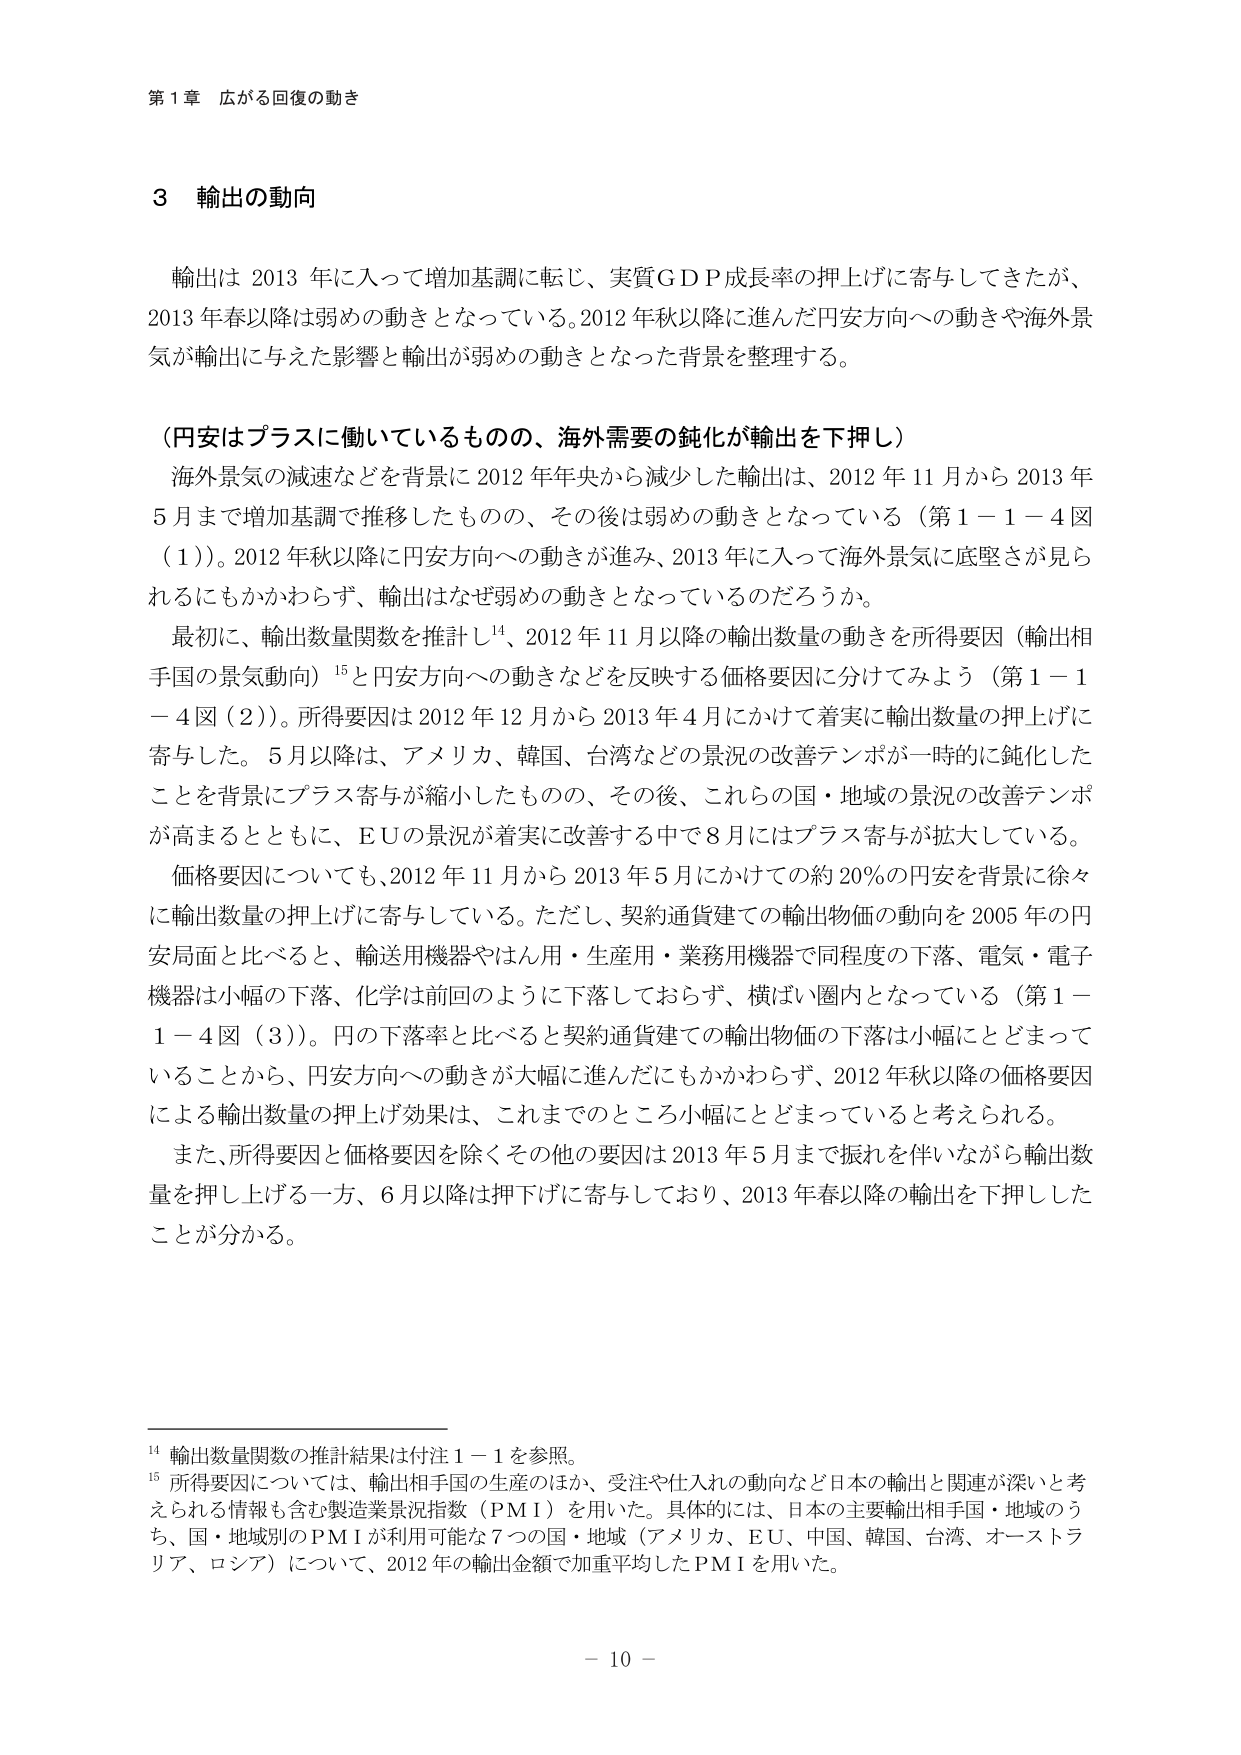
第１章 広がる回復の動き

３ 輸出の動向

輸出は 2013 年に入って増加基調に転じ、実質ＧＤＰ成長率の押上げに寄与してきたが、
2013 年春以降は弱めの動きとなっている。2012 年秋以降に進んだ円安方向への動きや海外景
気が輸出に与えた影響と輸出が弱めの動きとなった背景を整理する。

（円安はプラスに働いているものの、海外需要の鈍化が輸出を下押し）

海外景気の減速などを背景に 2012 年年央から減少した輸出は、2012 年 11 月から 2013 年
5 月まで増加基調で推移したものの、その後は弱めの動きとなっている（第１－１－４図
（１））。2012 年秋以降に円安方向への動きが進み、2013 年に入って海外景気に底堅さが見ら
れるにもかかわらず、輸出はなぜ弱めの動きとなっているのだろうか。

最初に、輸出数量関数を推計し¹⁴、2012 年 11 月以降の輸出数量の動きを所得要因（輸出相
手国の景気動向）¹⁵と円安方向への動きなどを反映する価格要因に分けてみよう（第１－１
－４図（２））。所得要因は 2012 年 12 月から 2013 年 4 月にかけて着実に輸出数量の押上げに
寄与した。5 月以降は、アメリカ、韓国、台湾などの景況の改善テンポが一時的に鈍化した
ことを背景にプラス寄与が縮小したものの、その後、これらの国・地域の景況の改善テンポ
が高まるとともに、ＥＵの景況が着実に改善する中で 8 月にはプラス寄与が拡大している。

価格要因についても、2012 年 11 月から 2013 年 5 月にかけての約 20％の円安を背景に徐々
に輸出数量の押上げに寄与している。ただし、契約通貨建ての輸出物価の動向を 2005 年の円
安局面と比べると、輸送用機器やはん用・生産用・業務用機器で同程度の下落、電気・電子
機器は小幅の下落、化学は前回のように下落しておらず、横ばい圏内となっている（第１－
１－４図（３））。円の下落率と比べると契約通貨建ての輸出物価の下落は小幅にとどまって
いることから、円安方向への動きが大幅に進んだにもかかわらず、2012 年秋以降の価格要因
による輸出数量の押上げ効果は、これまでのところ小幅にとどまっていると考えられる。

また、所得要因と価格要因を除くその他の要因は 2013 年 5 月まで振れを伴いながら輸出数
量を押し上げる一方、6 月以降は押下げに寄与しており、2013 年春以降の輸出を下押しした
ことが分かる。

¹⁴ 輸出数量関数の推計結果は付注１－１を参照。
¹⁵ 所得要因については、輸出相手国の生産のほか、受注や仕入れの動向など日本の輸出と関連が深いと考えられる情報も含む製造業景況指数（ＰＭＩ）を用いた。具体的には、日本の主要輸出相手国・地域のうち、国・地域別のＰＭＩが利用可能な７つの国・地域（アメリカ、ＥＵ、中国、韓国、台湾、オーストラリア、ロシア）について、2012 年の輸出金額で加重平均したＰＭＩを用いた。

－ 10 －